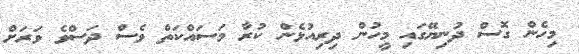
މިހެން ގޮސް ދުނިޔޭގައި މީހުން ދިރިއުޅެން ކުރާ މަސައްކަތް ވެސް ދަސްވެ ވަރަށް